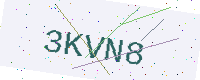
Text: 3KVN8